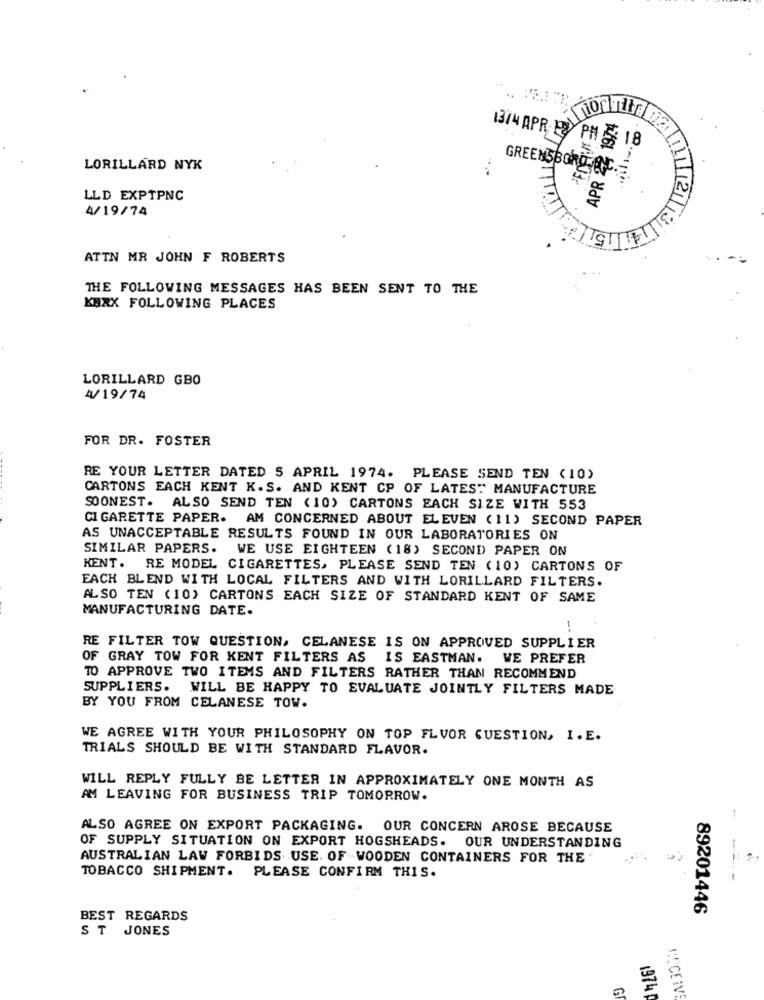
..
10
APR 22 197:4
1374 APR. P
PH
LORILLARD NYK
GREENSBORO RIC.
.
LLD EXPTPNC
4/19/74
ATTN MR JOHN F ROBERTS
..
THE FOLLOWING MESSAGES HAS BEEN SENT TO THE
KERX FOLLOWING PLACES
LORILLARD GBO
4/19/74
FOR DR. FOSTER
RE YOUR LETTER DATED 5 APRIL 1974. PLEASE SEND TEN (10)
CARTONS EACH KENT K. S. AND KENT CP OF LATEST MANUFACTURE
SOONEST. ALSO SEND TEN (10) CARTONS EACH SIZE WITH 553
CIGARETTE PAPER. AM CONCERNED ABOUT ELEVEN (11) SECOND PAPER
AS UNACCEPTABLE RESULTS FOUND IN OUR LABORATORIES ON
SIMILAR PAPERS. WE USE EIGHTEEN (18) SECOND PAPER ON
KENT. RE MODEL CIGARETTES, PLEASE SEND TEN ( 10) CARTONS OF
EACH BLEND WITH LOCAL FILTERS AND WITH LORILLARD FILTERS.
ALSO TEN (10) CARTONS EACH SIZE OF STANDARD KENT OF SAME
MANUFACTURING DATE.
1
RE FILTER TOW QUESTION, CELANESE IS ON APPROVED SUPPLIER
OF GRAY TOW FOR KENT FILTERS AS
IS EASTMAN. WE PREFER
TO APPROVE TWO ITEMS AND FILTERS RATHER THAN RECOMMEND
SUPPLIERS. WILL BE HAPPY TO EVALUATE JOINTLY FILTERS MADE
BY YOU FROM CELANESE TOW.
WE AGREE WITH YOUR PHILOSOPHY ON TOP FLVOR QUESTION, I. E.
TRIALS SHOULD BE WITH STANDARD FLAVOR.
WILL REPLY FULLY BE LETTER IN APPROXIMATELY ONE MONTH AS
AM LEAVING FOR BUSINESS TRIP TOMORROW.
-
ALSO AGREE ON EXPORT PACKAGING. OUR CONCERN AROSE BECAUSE
OF SUPPLY SITUATION ON EXPORT HOGSHEADS. OUR UNDERSTANDING
AUSTRALIAN LAW FORBIDS. USE. OF WOODEN CONTAINERS FOR THE'
TOBACCO SHIPMENT. PLEASE CONFIRM THIS.
89201446
BEST REGARDS
S T JONES
G
1974 ₽
RECEIVE